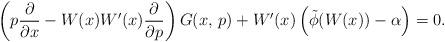
LaTeX: \begin{align*} \left(p\frac{\partial}{\partial x}-W(x)W'(x) \frac{\partial}{\partial p}\right)G(x,\,p) +W'(x)\left(\tilde\phi(W(x))-\alpha\right)=0.\end{align*}